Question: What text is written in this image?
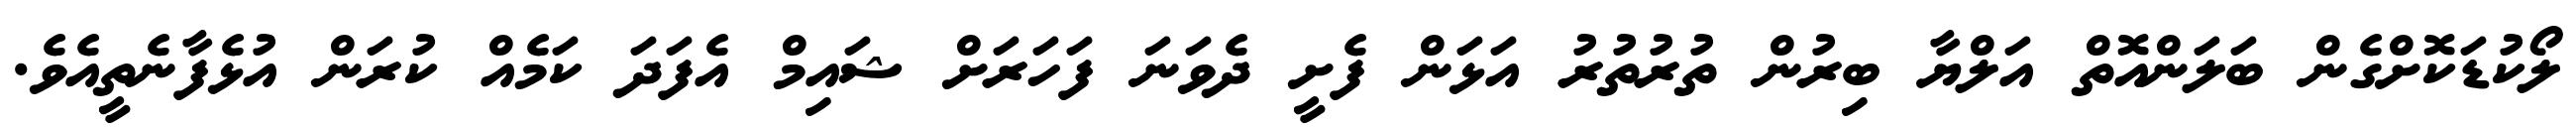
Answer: ލޯކުޑަކޮށްގެން ބަލަންއޮތް އަލްޔާ ބިރުން ތުރުތުރު އަޅަން ފެށީ ދެވަނަ ފަހަރަށް ޝައިމް އެފަދަ ކަމެއް ކުރަން އުޅެފާނެތީއެވެ.